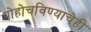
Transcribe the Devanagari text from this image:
पोहोचविण्याचेही